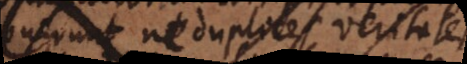
prohibuerunt ne duplices veritates